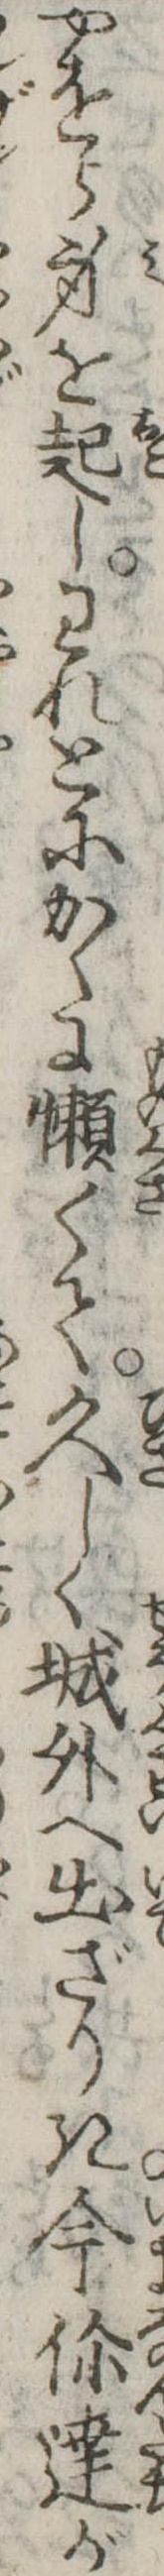
やをら身を起しわれとにかくに懶くて久しく城外へ出ざりき今伱達が